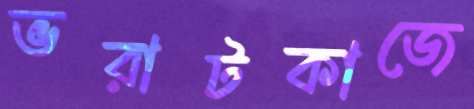
ভরাটকাজে